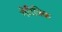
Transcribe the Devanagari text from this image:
गेरित्रिक